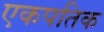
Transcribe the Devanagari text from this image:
एकपतिक